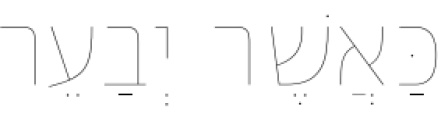
כַּאֲשֶׁר יְבַעֵר